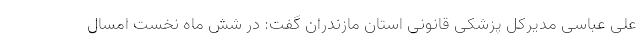
علی عباسی مدیرکل پزشکی قانونی استان مازندران گفت: در شش ماه نخست امسال